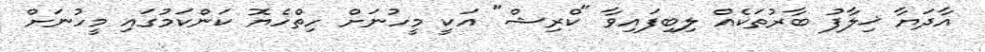
އާދަޔާ ޚިލާފު ބާރުތަކެއް ލިބިފައިވާ "ކްރިޝް" އަކީ މީހުނަށް ހިތްހެޔޮ ކަންކަމުގައި މީހުނަށް